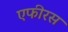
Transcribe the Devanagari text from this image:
एफीरस